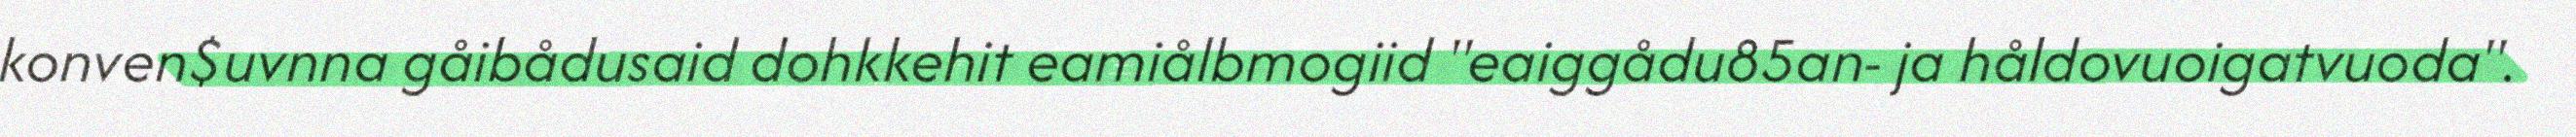
konven$uvnna gåibådusaid dohkkehit eamiålbmogiid "eaiggådu85an- ja håldovuoigatvuoda".